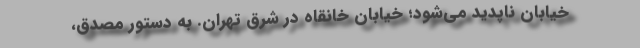
خیابان ناپدید می‌شود؛ خیابان خانقاه در شرق تهران. به دستور مصدق،